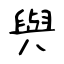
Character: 與